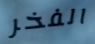
الفخر